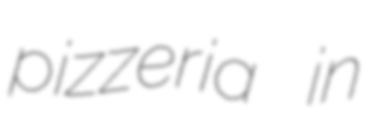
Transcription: pizzeria in